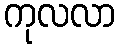
ကုလလာ